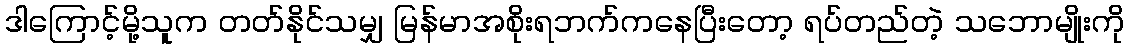
ဒါကြောင့်မို့သူက တတ်နိုင်သမျှ မြန်မာအစိုးရဘက်ကနေပြီးတော့ ရပ်တည်တဲ့ သဘောမျိုးကို